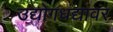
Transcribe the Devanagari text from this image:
उद्योगधंद्यावर